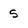
Character: s